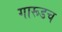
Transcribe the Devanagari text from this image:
गारूडच